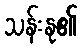
သန်းနု၏